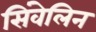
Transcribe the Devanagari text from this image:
सिंवेलिन